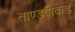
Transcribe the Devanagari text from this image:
ताण्डवाकडे